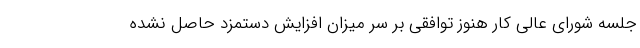
جلسه شورای عالی کار هنوز توافقی بر سر میزان افزایش دستمزد حاصل نشده